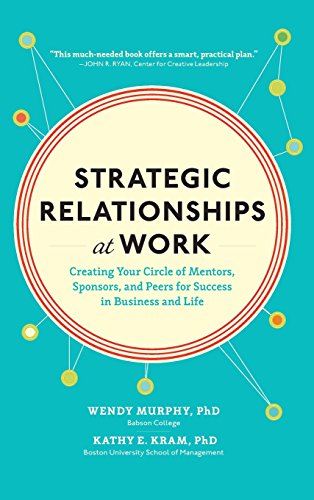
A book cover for Strategic Relationships at Work:  Creating Your Circle of Mentors, Sponsors, and Peers for Success in Business and Life; Wendy Murphy; Self-Help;